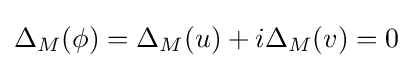
\Delta _{M}(\phi )=\Delta _{M}(u)+i\Delta _{M}(v)=0